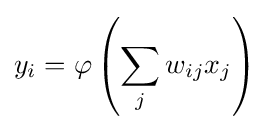
y_{i}=\varphi \left(\sum _{j}w_{ij}x_{j}\right)